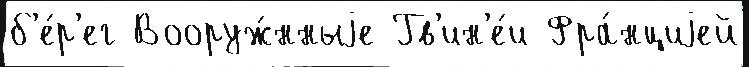
б'е́р'ег Вооруж́нныjе Гв'ин'е́и Фра́нциjей